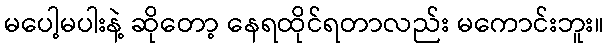
မပေါ့မပါးနဲ့ ဆိုတော့ နေရထိုင်ရတာလည်း မကောင်းဘူး။